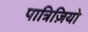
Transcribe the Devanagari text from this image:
पात्रिज़ियो